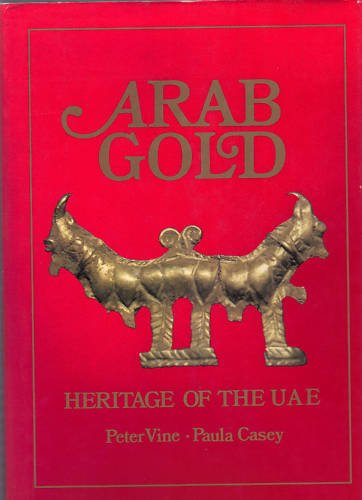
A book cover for Arab Gold: Heritage of the Uae; Peter Vine; History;